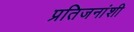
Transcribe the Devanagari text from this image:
प्रतिजनांशी